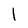
Character: l